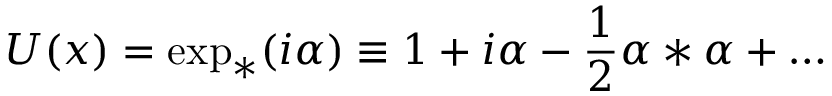
{ \cal U } ( x ) = \exp _ { * } ( i \alpha ) \equiv 1 + i \alpha - \frac { 1 } { 2 } \alpha * \alpha + \ldots